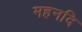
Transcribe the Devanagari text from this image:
महनदि